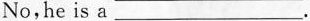
No,he is a ___.